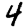
Digit: 4